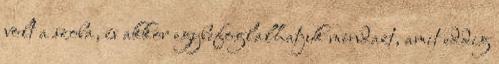
volt a szoba, és akkor egybefoglalhatjuk mindazt, amit eddig